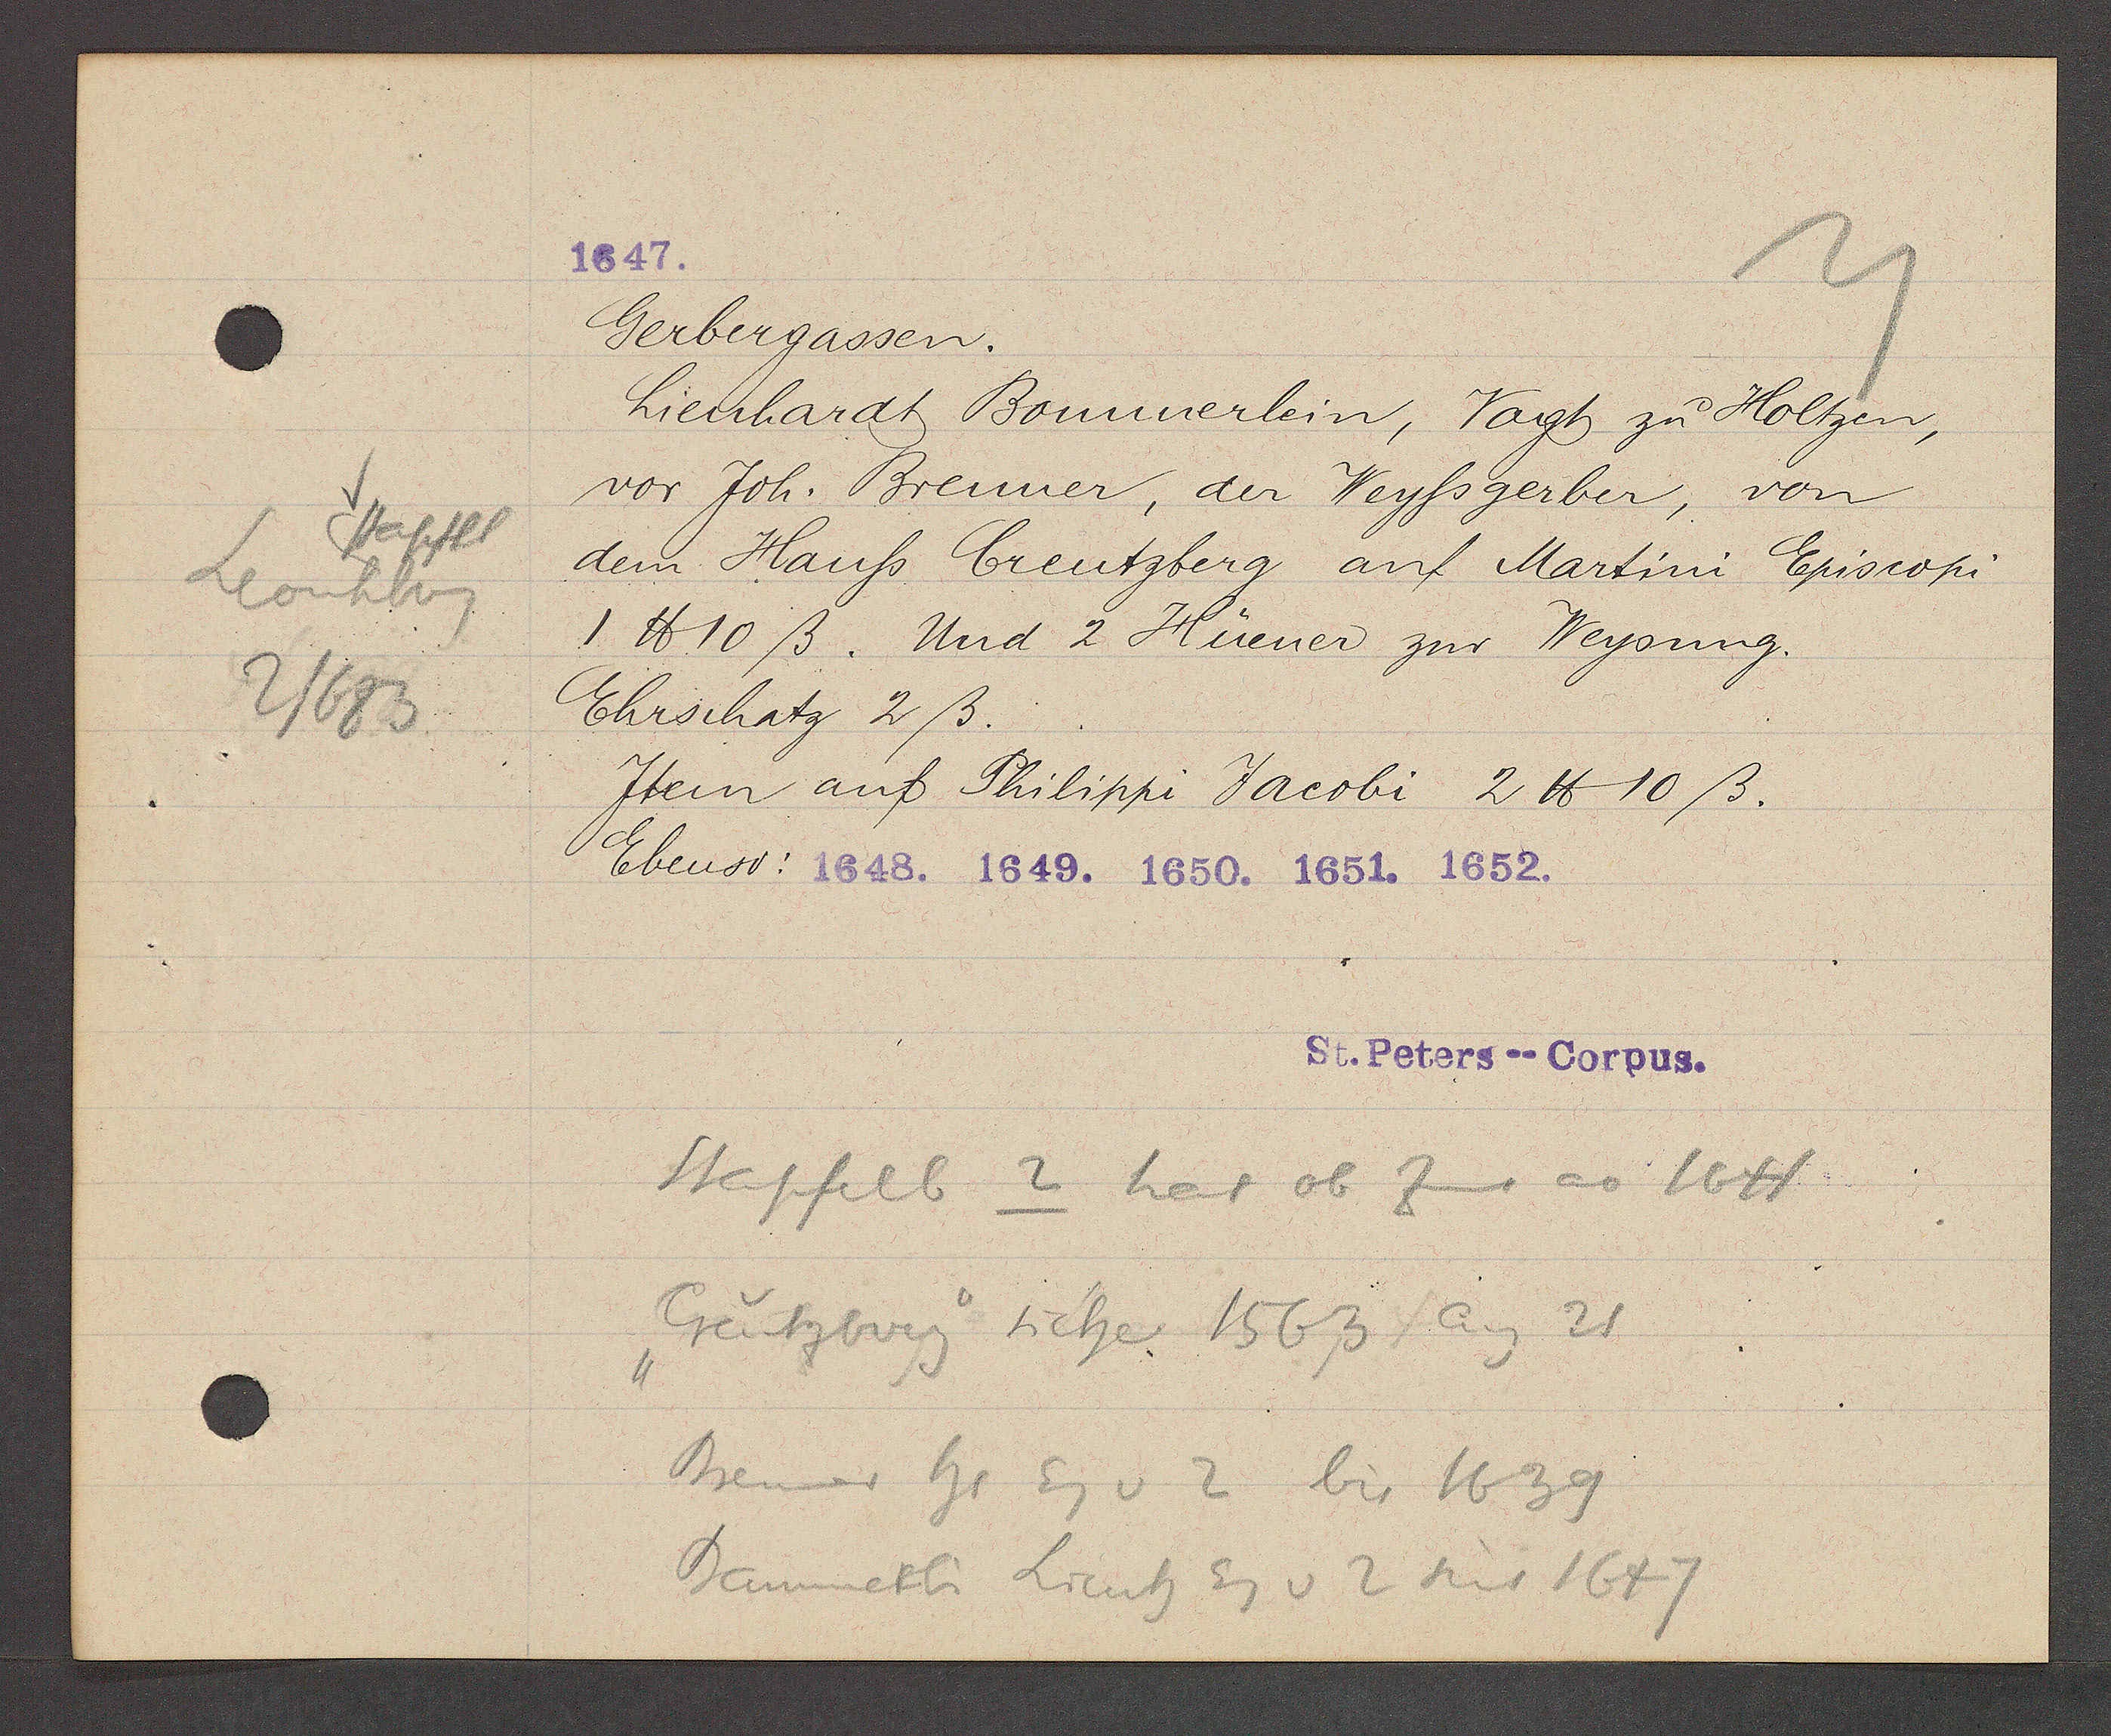
Transcript:
Stapfel
Leonhbrg
2/683

1647.

Gerbergassen.
Lienhardt Bommerlein, Vogt zu Holtzen,
vor Joh. Brenner, der Weyssgerber, von
dem Hauss Creutzberg auf Martini Episcopi
1 ℔ 10 ß. Und 2 Hüener zur Weysung.
Ehrschatz 2 ß.
Item auf Philippi Jacobi 2 ℔ 10 ß.
Ebenso: 1648. 1649. 1650. 1651. 1652.

St. Peters--Corpus.

Stapfelb 2 hat ob Zins ao 1641
"Creutzburg" sicher 1563 Aug 21
Brenner hs Eg v 2 bis 1639
Bammerlin Lienh Eg v 2 seit 1647